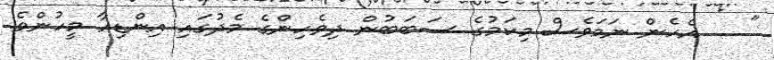
" ... އެހެން ނަމަވެސް މިކަމުގެ ސަބަބުން ދިވެހިންގެ މެދުގައި އިންޑިއާ މީހުންވެ